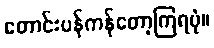
တောင်းပန်ကန်တော့ကြရပုံ။